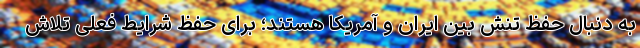
به دنبال حفظ تنش بین ایران و آمریکا هستند؛ برای حفظ شرایط فعلی تلاش